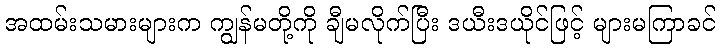
အထမ်းသမားများက ကျွန်မတို့ကို ချီမလိုက်ပြီး ဒယီးဒယိုင်ဖြင့် များမကြာခင်